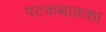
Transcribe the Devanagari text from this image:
पटकथाकशा